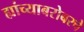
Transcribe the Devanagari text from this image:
ह्यांच्याबरोबरचे